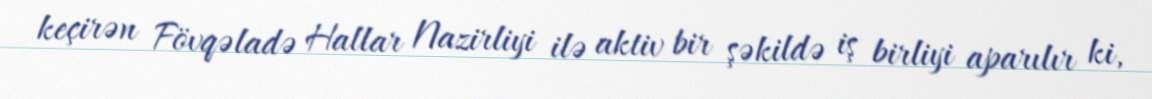
keçirən Fövqəladə Hallar Nazirliyi ilə aktiv bir şəkildə iş birliyi aparılır ki,